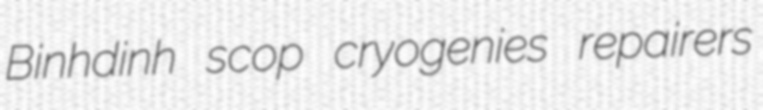
Binhdinh scop cryogenies repairers